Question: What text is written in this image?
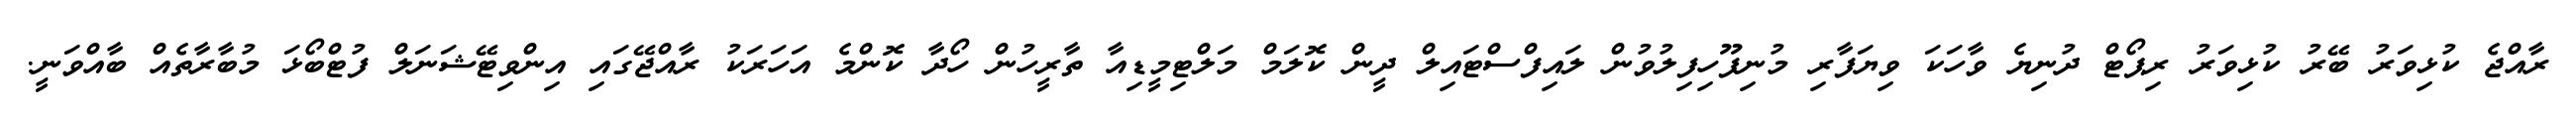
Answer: ރާއްޖެ ކުޅިވަރު ބޭރު ކުޅިވަރު ރިޕޯޓް ދުނިޔެ ވާހަކަ ވިޔަފާރި މުނިފޫހިފިލުވުން ލައިފްސްޓައިލް ދީން ކޮލަމް މަލްޓިމީޑިއާ ތާރީހުން ހޯދާ ކޮންމެ އަހަރަކު ރާއްޖޭގައި އިންވިޓޭޝަނަލް ފުޓްބޯޅަ މުބާރާތެއް ބާއްވަނީ.